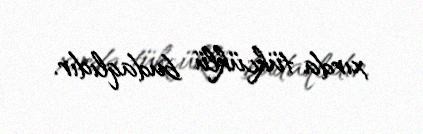
xırda tükcüklü budaqlıdır.